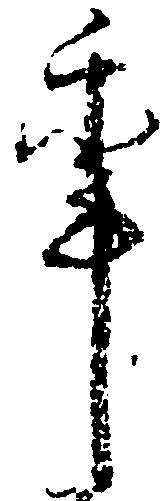
年